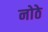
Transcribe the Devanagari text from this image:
नोठे